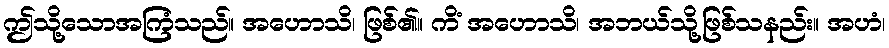
ဤသို့သောအကြံသည်။ အဟောသိ၊ ဖြစ်၏။ ကိံ အဟောသိ၊ အဘယ်သို့ဖြစ်သနည်း။ အဟံ၊